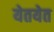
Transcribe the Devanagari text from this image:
येतयेत